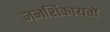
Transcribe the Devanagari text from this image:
जनशिकायतों